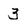
Character: 3